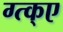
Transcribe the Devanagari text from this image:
ग्त्क्ए